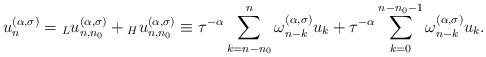
LaTeX: \begin{align*}u^{(\alpha,\sigma)}_n={}_Lu_{n,n_0}^{(\alpha,\sigma)}+{}_Hu_{n,n_0}^{(\alpha,\sigma)} \equiv\tau^{-\alpha}\sum_{k=n-n_0}^{n}\omega^{(\alpha,\sigma)}_{n-k}u_{k} +\tau^{-\alpha}\sum_{k=0}^{n-n_0-1}\omega^{(\alpha,\sigma)}_{n-k}u_{k}.\end{align*}